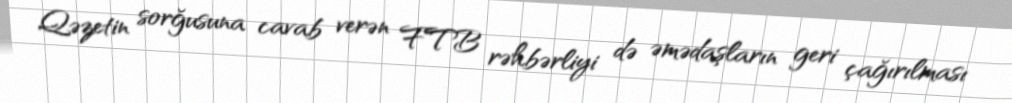
Qəzetin sorğusuna cavab verən FTB rəhbərliyi də əmədaşların geri çağırılması